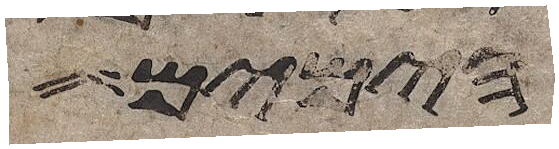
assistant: הימים